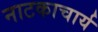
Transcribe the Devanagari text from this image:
नाटकाचार्य